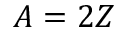
A = 2 Z